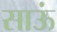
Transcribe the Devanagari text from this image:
साऊं